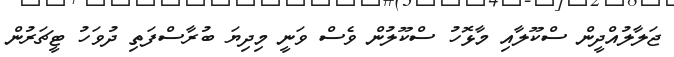
ޖަލާލުއްދީން ސްކޫލާއި މާޅޮހު ސްކޫލުން ވެސް ވަނީ މިދިޔަ ބުރާސްފަތި ދުވަހު ޓީޗަރުން